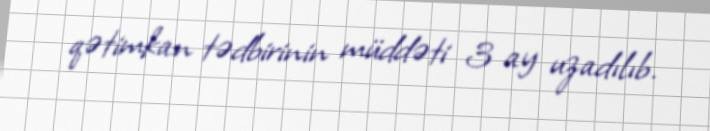
qətimkan tədbirinin müddəti 3 ay uzadılıb.